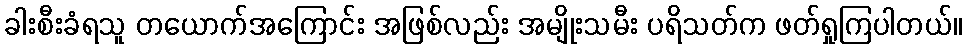
ခါးစီးခံရသူ တယောက်အကြောင်း အဖြစ်လည်း အမျိုးသမီး ပရိသတ်က ဖတ်ရှုကြပါတယ်။